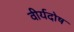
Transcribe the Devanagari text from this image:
वीर्यदोष